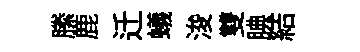
縢鹿迁蟻浚雙腆結